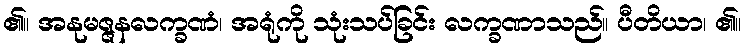
၏။ အနုမဇ္ဇနလက္ခဏံ၊ အရုံကို သုံးသပ်ခြင်း လက္ခဏာသည်။ ပီတိယာ၊ ၏။